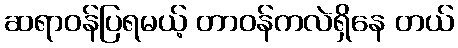
ဆရာဝန်ပြရမယ့် တာဝန်ကလဲရှိနေ တယ်